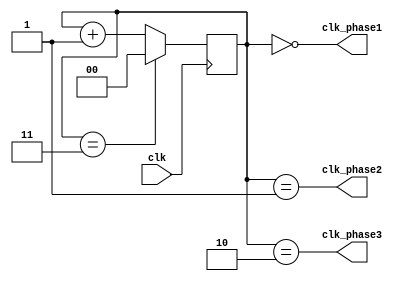
module clock_divider(
    input wire clk,
    output wire clk_phase1,
    output wire clk_phase2,
    output wire clk_phase3
);

reg [1:0] counter;

assign clk_phase1 = (counter == 2'b00);
assign clk_phase2 = (counter == 2'b01);
assign clk_phase3 = (counter == 2'b10);

always @(posedge clk) begin
    if (counter == 2'b11) begin
        counter <= 0;
    end else begin
        counter <= counter + 1;
    end
end

endmodule